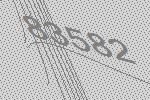
83582